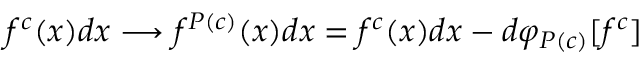
f ^ { c } ( x ) d x \longrightarrow f ^ { P ( c ) } ( x ) d x = f ^ { c } ( x ) d x - d \varphi _ { P ( c ) } [ f ^ { c } ]